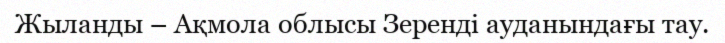
Жыланды – Ақмола облысы Зеренді ауданындағы тау.